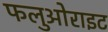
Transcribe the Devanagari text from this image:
फलुओराइट